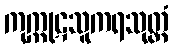
ကုက္ကုဋသူကရသုတ္တံ